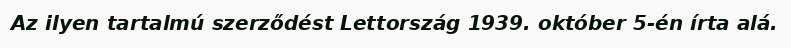
Az ilyen tartalmú szerződést Lettország 1939. október 5-én írta alá.